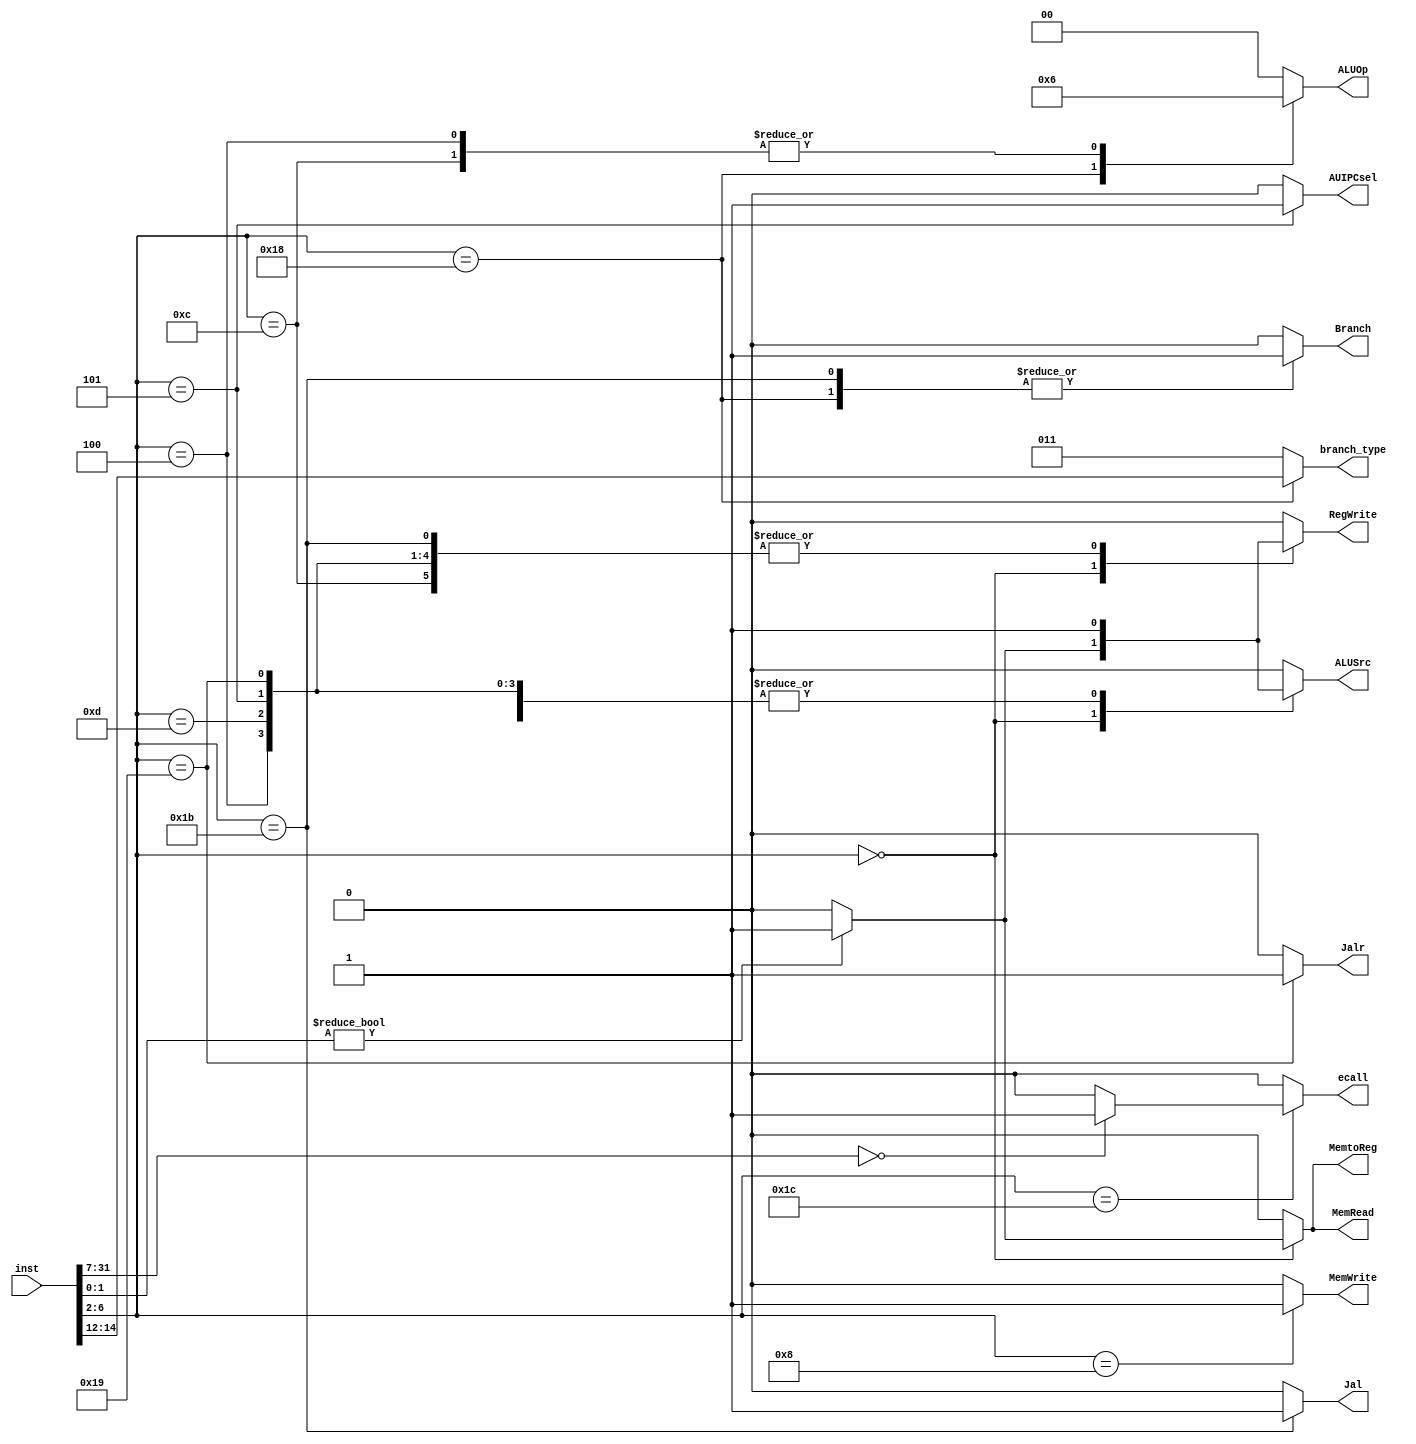
// This program was cloned from: https://github.com/Helazhary/Riscv-Verilog-Pipelined
// License: BSD 3-Clause "New" or "Revised" License

`timescale 1ns / 1ps
//////////////////////////////////////////////////////////////////////////////////
// Company: 
// Engineer: 
// 
// Design Name: 
// Module Name: CU
// Project Name: 
// Target Devices: 
// Tool Versions: 
// Description: 
// 
// Dependencies: 
// 
// Revision:
// Revision 0.01 - File Created
// Additional Comments:
// 
//////////////////////////////////////////////////////////////////////////////////

`define OPCODE_Branch 5'b11_000
`define OPCODE_Load 5'b00_000
`define OPCODE_Store 5'b01_000
`define OPCODE_JALR 5'b11_001
`define OPCODE_JAL 5'b11_011
`define OPCODE_Arith_I 5'b00_100
`define OPCODE_Arith_R 5'b01_100
`define OPCODE_AUIPC 5'b00_101
`define OPCODE_LUI 5'b01_101
`define OPCODE_SYSTEM 5'b11_100 
`define OPCODE_Custom 5'b10_001




module CU (
    input [31:0] inst,
    output reg Branch,
    MemRead,
    MemtoReg,
    MemWrite,
    ALUSrc,
    RegWrite,
    AUIPCsel,
    Jal,
    Jalr,
    ecall,
    output reg [1:0] ALUOp,
    output reg [2:0] branch_type
);


  always @(*) begin
    ecall = 0;
      {Branch, MemRead, MemtoReg, MemWrite, ALUSrc, RegWrite, AUIPCsel, Jal, Jalr} = 9'b000000000;
  ALUOp = 2'b00;
  branch_type = 3'b011; 
  
    //Default to no operation which accounts for FENCE and EBREAK as they will not be defined so they will be a no-op
//default to non of the implemented branches unique code 3

    case (inst[6:2])


      `OPCODE_Arith_R: begin  //R  
        Branch = 0;
        MemRead = 0;
        MemtoReg = 0;
        ALUOp = 2'b10;
        MemWrite = 0;
        ALUSrc = 0;
        RegWrite = 1;
        AUIPCsel = 0;
        {Jal, Jalr} = 2'b00;
      end
      `OPCODE_Load: begin  //load
      if(inst[1:0]!=0)begin
        Branch = 0;
        MemRead = 1;
        MemtoReg = 1;
        ALUOp = 2'b00;
        MemWrite = 0;
        ALUSrc = 1;
        RegWrite = 1;
        AUIPCsel = 0;
        {Jal, Jalr} = 2'b00;
        end 
        else begin
        Branch = 0;
        MemRead = 0;
        MemtoReg = 0;
        ALUOp = 2'b00;
        MemWrite = 0;
        ALUSrc = 0;
        RegWrite = 0;
        AUIPCsel = 0;
        {Jal, Jalr} = 2'b00;
        end

      end
      `OPCODE_Store: begin  //store
        Branch = 0;
        MemRead = 0;
        MemtoReg = 0;  //dc
        ALUOp = 2'b00;
        MemWrite = 1;
        ALUSrc = 1;
        RegWrite = 0;
        AUIPCsel = 0;
        {Jal, Jalr} = 2'b00;
      end
      `OPCODE_Branch: begin  //Branch
        Branch = 1;
        MemRead = 0;
        MemtoReg = 0;  //dc
        ALUOp = 2'b01;
        MemWrite = 0;
        ALUSrc = 0;
        RegWrite = 0;
        AUIPCsel = 0;
        {Jal, Jalr} = 2'b00;
        branch_type = inst[14:12];

      end


      `OPCODE_Arith_I: begin  //Immediate
        {Branch,MemRead,MemtoReg,ALUOp,MemWrite,ALUSrc,RegWrite, AUIPCsel}=9'b0_0_0_10_0_1_1_0;
        {Jal, Jalr} = 2'b00;
      end

      `OPCODE_AUIPC: begin
        Branch= 0;
        MemRead= 0;
        MemtoReg= 0;
        ALUOp= 2'b00;
        MemWrite= 0;
        ALUSrc= 1;     // ALU source is immediate (for adding to PC)
        RegWrite= 1;
        AUIPCsel = 1;
        {Jal,Jalr}=2'b00;
      end

      `OPCODE_LUI: begin
        Branch = 0;
        MemRead = 0;
        MemtoReg = 0;
        ALUOp = 2'b00;
        MemWrite = 0;
        ALUSrc = 1;
        RegWrite = 1;
        AUIPCsel = 0;
        {Jal, Jalr} = 2'b00;
      end

      `OPCODE_JAL: begin

        Branch = 1;
        MemRead = 0;
        MemtoReg = 0;
        ALUOp = 2'b00;
        MemWrite = 0;
        ALUSrc = 0;
        RegWrite = 1;
        AUIPCsel = 0;
        {Jal, Jalr} = 2'b10;

      end

      `OPCODE_JALR: begin
        Branch = 0;
        MemRead = 0;
        MemtoReg = 0;
        ALUOp = 2'b00;
        MemWrite = 0;
        ALUSrc = 1;
        RegWrite = 1;
        AUIPCsel = 0;
        {Jal, Jalr} = 2'b01;
      end



      `OPCODE_SYSTEM: begin
        // Check if this is specifically an ECALL instruction
        if (inst[31:7] == 25'b0) begin
          ecall = 1;
          Branch = 0;
          MemRead = 0;
          MemtoReg = 0;
          MemWrite = 0;
          ALUSrc = 0;
          RegWrite = 0;
          AUIPCsel = 0;
          {Jal, Jalr} = 2'b00;
        end
      end
    endcase

  end


endmodule

  //    reg [13:0]signals;
  //    always @ (*) begin
  //        case (inst[6:0])
  //            //I-format 
  //            7'b0010011 : signals = 14'b00_000_01_011_00_11;

  //            //R-format
  //            7'b0110011 : begin 
  //                          if (inst[25]) begin // I SPEC 
  //                            signals = 14'b00_000_01_100_00_01;
  //                          end 
  //                          else begin //M SPEC
  //                            signals = 14'b00_000_01_011_00_01;
  //                          end
  //                         end


  //            //Load
  //            7'b0000011 : begin 
  //                            case(inst[14:12]) 
  //                                3'b010 : signals = 14'b00_001_00_010_00_11; //LW  
  //                                3'b000 : signals = 14'b00_100_00_010_00_11; //LB 
  //                                3'b001 : signals = 14'b00_010_00_010_00_11; //LH 
  //                                3'b100 : signals = 14'b00_101_00_010_00_11; //LBU 
  //                                3'b101 : signals = 14'b00_011_00_010_00_11; //LHU  

  //                                default : signals = 14'b00_000_00_000_00_00;
  //                            endcase 
  //                         end
  //             //Store
  //            7'b0100011 : begin  
  //                            case(inst[14:12]) 

  //                                3'b010: signals = 14'b00_000_00_010_01_10;    //SW
  //                                3'b000: signals = 14'b00_000_00_010_11_10;    //SB 
  //                                3'b001: signals = 14'b00_000_00_010_10_10;    //SH

  //                                default: signals = 14'b00_000_00_000_00_00;
  //                            endcase  
  //                        end
  //           //Branch         
  //            7'b1100011 : signals = 14'b01_000_01_001_00_00;




  //            default    : signals = 14'b00_000_00_000_00_00; 

  //       endcase

  //         end